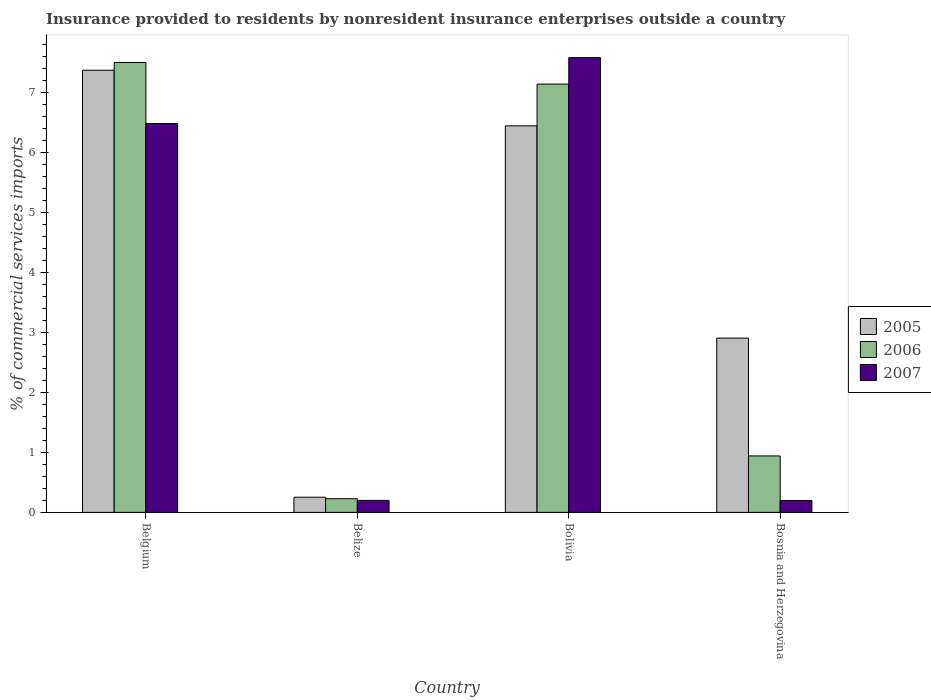
| Country | 2005 | 2006 | 2007 |
 | --- | --- | --- | --- |
 | Belgium | 7.38 | 7.51 | 6.49 |
 | Belize | 0.254 | 0.228 | 0.201 |
 | Bolivia | 6.45 | 7.15 | 7.59 |
 | Bosnia and Herzegovina | 2.91 | 0.942 | 0.197 |